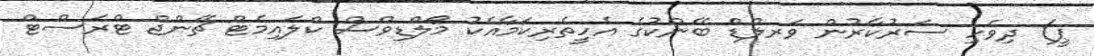
ޕީ) ދިވެހި ސަރުކާރުން ވަރލްޑް ބޭންކުގެ އެހީތެރިކަމާއެކު މޯލްޑިވްސް ކްލައިމެޓް ޗޭންޖް ޓްރަސްޓް